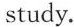
study.